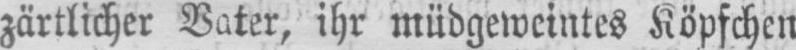
zärtlicher Vater, ihr müdgeweintes Köpfchen